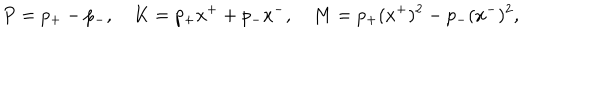
LaTeX: P = p _ { + } - p _ { - } , ~ K = p _ { + } x ^ { + } + p _ { - } x ^ { - } , ~ M = p _ { + } ( x ^ { + } ) ^ { 2 } - p _ { - } ( x ^ { - } ) ^ { 2 } ,